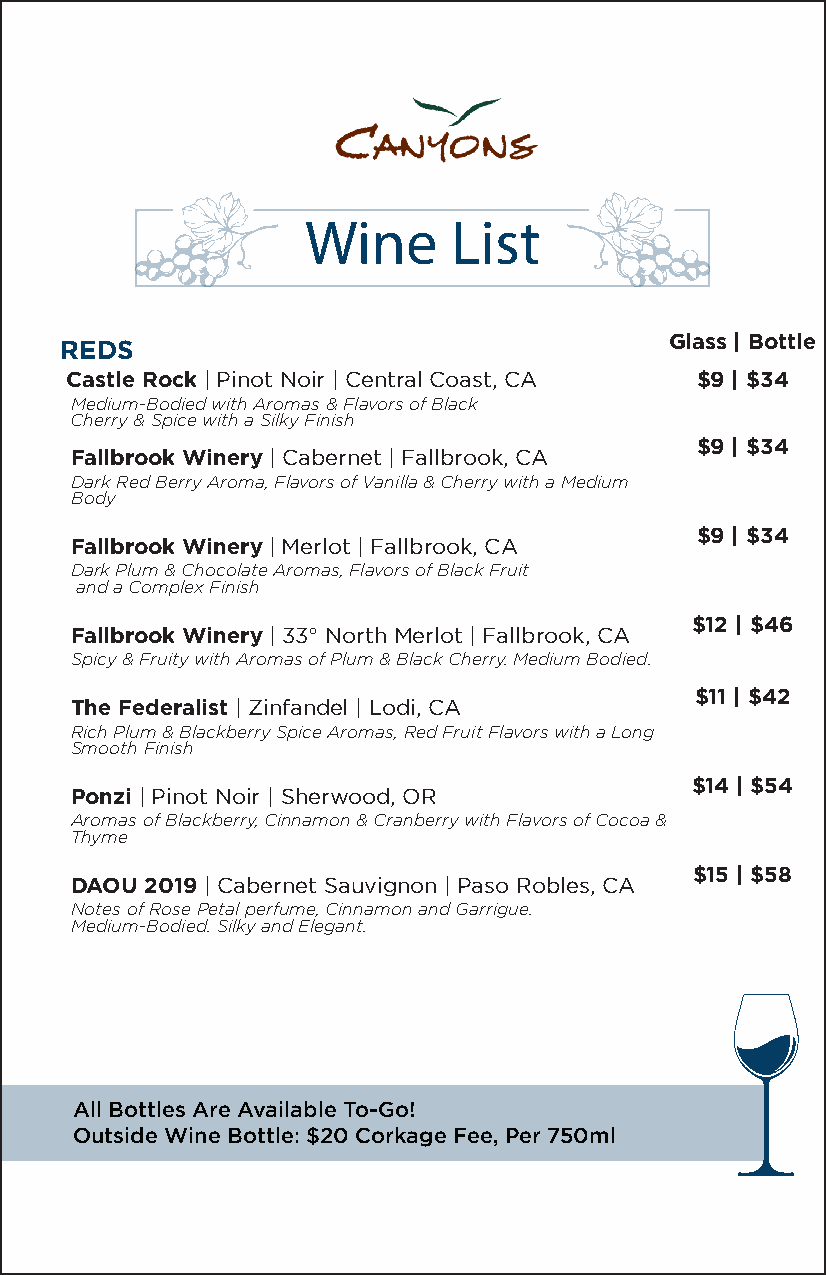
Wine      List
 Glass | Bottle
 REDS
 Castle Rock | Pinot Noir | Central Coast, CA $9 | $34
 Medium-Bodied with Aromas & Flavors of Black
 Cherry & Spice with a Silky Finish
 $9 | $34
 Fallbrook Winery | Cabernet | Fallbrook, CA
 Dark Red Berry Aroma, Flavors of Vanilla & Cherry with a Medium
 Body
 $9 | $34
 Fallbrook Winery | Merlot | Fallbrook, CA
 Dark Plum & Chocolate Aromas, Flavors of Black Fruit
 and a Complex Finish
 $12 | $46
 Fallbrook Winery | 33° North Merlot | Fallbrook, CA
 Spicy & Fruity with Aromas of Plum & Black Cherry. Medium Bodied.
 $11 | $42
 The Federalist | Zinfandel | Lodi, CA
 Rich Plum & Blackberry Spice Aromas, Red Fruit Flavors with a Long
 Smooth Finish
 $14 | $54
 Ponzi | Pinot Noir | Sherwood, OR
 Aromas of Blackberry, Cinnamon & Cranberry with Flavors of Cocoa &
 Thyme
 $15 | $58
 DAOU 2019 | Cabernet Sauvignon | Paso Robles, CA
 Notes of Rose Petal perfume, Cinnamon and Garrigue.
 Medium-Bodied. Silky and Elegant.
 All Bottles Are Available To-Go!
 Outside Wine Bottle: $20 Corkage Fee, Per 750ml